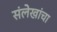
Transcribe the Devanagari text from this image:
संलेखांचा